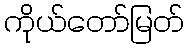
ကိုယ်တော်မြတ်